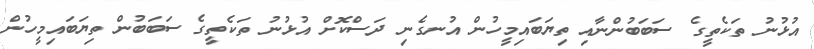
އުޅުނު ތަކެތީގެ ސަބަބުންނާއި ތިޔަބައިމީހުން އުނގެނި ދަސްކޮށް އުޅުނު ތަކެތީގެ ސަބަބުން ތިޔަބައިމީހުން